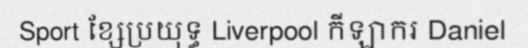
Sport ខ្សែប្រយុទ្ធ Liverpool កីឡាករ Daniel